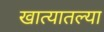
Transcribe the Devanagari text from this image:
खात्यातल्या